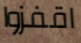
اقفزوا